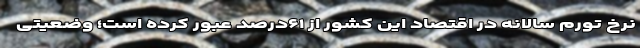
نرخ تورم سالانه در اقتصاد این کشور از ۶۱درصد عبور کرده است؛ وضعیتی